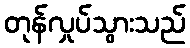
တုန်လှုပ်သွားသည်